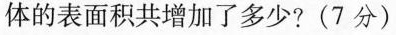
体的表面积共增加了多少?(7分)